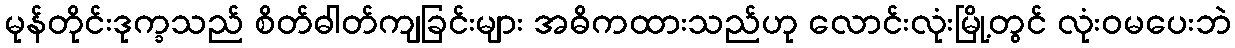
မုန်တိုင်းဒုက္ခသည် စိတ်ဓါတ်ကျခြင်းများ အဓိကထားသည်ဟု လောင်းလုံးမြို့တွင် လုံးဝမပေးဘဲ